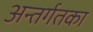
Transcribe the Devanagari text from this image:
अन्तर्गतका